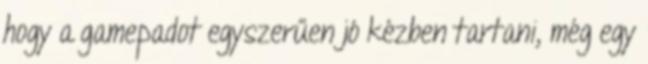
hogy a gamepadot egyszerűen jó kézben tartani, még egy